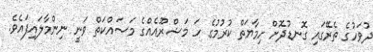
ދުވަހުގެ ތެރޭގައި ގޮނޑުދޮށް ހިމާޔަތް ކުރުމުގެ ހަ މަޝްރޫއެއްގެ މަސައްކަތް ވަނީ ނިންމާލައިފައެވެ.